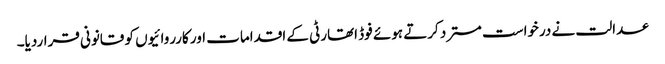
عدالت نے درخواست مسترد کرتے ہوئے فوڈ اتھارٹی کے اقدامات اور کارروائیوں کو قانونی قراردیا۔